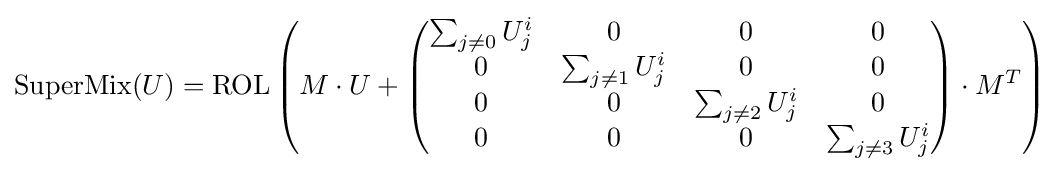
{\text{SuperMix}}(U)={\text{ROL}}\left(M\cdot U+{\begin{pmatrix}\sum _{j\neq 0}U_{j}^{i}&0&0&0\\0&\sum _{j\neq 1}U_{j}^{i}&0&0\\0&0&\sum _{j\neq 2}U_{j}^{i}&0\\0&0&0&\sum _{j\neq 3}U_{j}^{i}\end{pmatrix}}\cdot M^{T}\right)